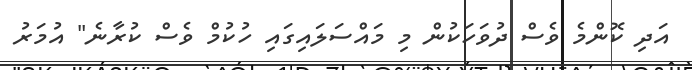
އަދި ކޮންމެ ވެސް ދުވަހަކުން މި މައްސަލައިގައި ހުކުމް ވެސް ކުރާނެ" އުމަރު